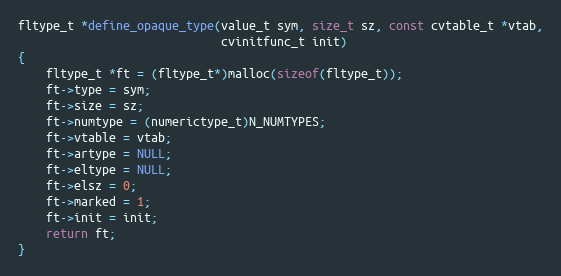
Language: C
fltype_t *define_opaque_type(value_t sym, size_t sz, const cvtable_t *vtab,
                             cvinitfunc_t init)
{
    fltype_t *ft = (fltype_t*)malloc(sizeof(fltype_t));
    ft->type = sym;
    ft->size = sz;
    ft->numtype = (numerictype_t)N_NUMTYPES;
    ft->vtable = vtab;
    ft->artype = NULL;
    ft->eltype = NULL;
    ft->elsz = 0;
    ft->marked = 1;
    ft->init = init;
    return ft;
}